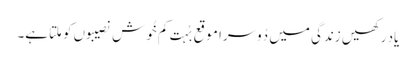
یاد رکھیں زندگی میں دُوسرا موقع بُہت کم خُوش نصیبوں کو مِلتا ہے۔